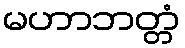
မဟာဘတ္တံ